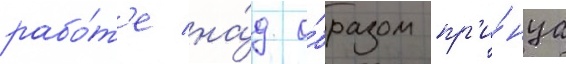
рабо́т'е на́д о́бразом пр'и́нца